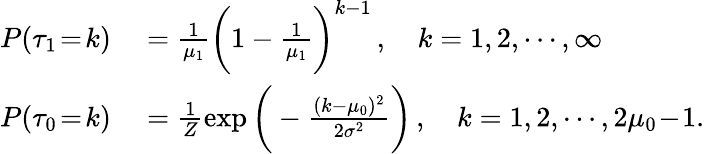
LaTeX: \begin{array}{rl}{P(\tau_{1}\! =\! k)}&{{}=\frac{1}{\mu_{1}}\bigg(1-\frac{1}{\mu_{1}}\bigg)^{k-1}\, ,\quad k=1,2,\cdots,\infty}\\ {P(\tau_{0}\! =\! k)}&{{}=\frac{1}{Z}\exp\bigg(-\frac{(k-\mu_{0})^{2}}{2\sigma^{2}}\bigg)\, ,\quad k=1,2,\cdots,2\mu_{0}\! -\! 1.}\end{array}